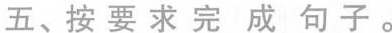
五、按要求完成句子。